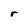
Character: r